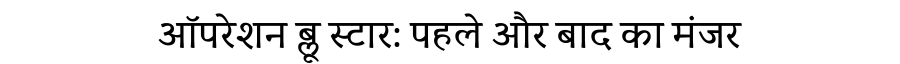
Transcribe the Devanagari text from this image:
ऑपरेशन ब्लू स्टार: पहले और बाद का मंजर